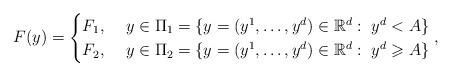
LaTeX: \begin{align*}F(y)=\begin{cases}F_{1},\ & y\in\Pi_{1}=\{y=(y^{1},\ldots,y^{d})\in\mathbb{R}^{d}:\ y^{d}<A\}\\F_{2},\ & y\in\Pi_{2}=\{y=(y^{1},\ldots,y^{d})\in\mathbb{R}^{d}:\ y^{d}\geqslant A\}\end{cases},\end{align*}